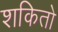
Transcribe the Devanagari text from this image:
शकितो